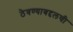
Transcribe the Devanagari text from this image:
ठेवण्याबद्दलची